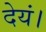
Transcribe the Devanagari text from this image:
देयं।